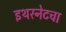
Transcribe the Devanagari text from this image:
इथरनेटचा